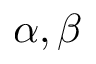
\alpha , \beta